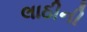
લાઠીની